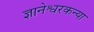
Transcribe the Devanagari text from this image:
ज्ञानेश्वरकन्या